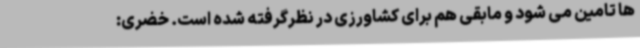
ها تامین می شود و مابقی هم برای کشاورزی در نظرگرفته شده است. خضری: